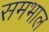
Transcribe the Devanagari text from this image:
समभाल